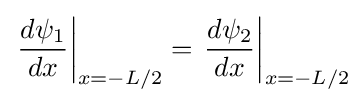
\left.{\frac {d\psi _{1}}{dx}}\right|_{x=-L/2}=\left.{\frac {d\psi _{2}}{dx}}\right|_{x=-L/2}